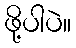
ဖို့ပါပဲ။